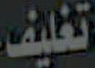
تغليف